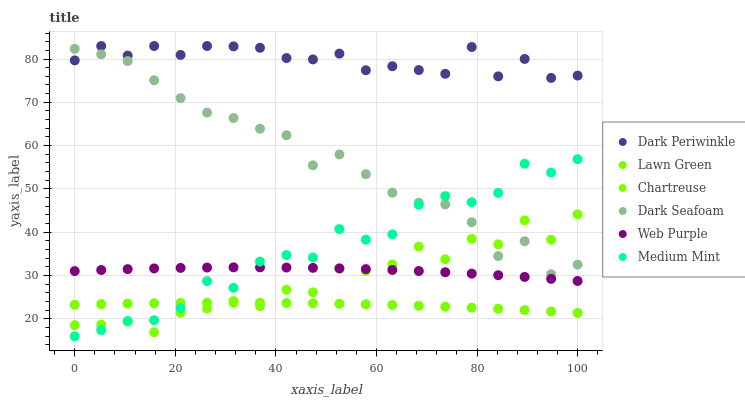
| xaxis_label | Dark Periwinkle | Lawn Green | Chartreuse | Dark Seafoam | Web Purple | Medium Mint |
 | --- | --- | --- | --- | --- | --- | --- |
 | 0 | 79.7 | 23.3 | 18.6 | 82.3 | 31 | 16 |
 | 5.26 | 83 | 23.4 | 18.7 | 81.1 | 31.3 | 17.4 |
 | 10.5 | 80.8 | 23.5 | 19.4 | 79.5 | 31.5 | 19.5 |
 | 15.8 | 83 | 23.6 | 16.9 | 75.1 | 31.7 | 19.7 |
 | 21.1 | 80.9 | 23.7 | 21.4 | 71 | 31.8 | 22.5 |
 | 26.3 | 83 | 23.7 | 22.4 | 67.6 | 31.9 | 28.7 |
 | 31.6 | 82.9 | 23.7 | 24.1 | 66.4 | 31.9 | 27.2 |
 | 36.8 | 82.6 | 23.7 | 23 | 63.9 | 31.9 | 33.2 |
 | 42.1 | 80.2 | 23.7 | 26.7 | 62.4 | 31.9 | 34.7 |
 | 47.4 | 79.9 | 23.6 | 26.1 | 55.5 | 31.8 | 34.2 |
 | 52.6 | 81.2 | 23.5 | 31.6 | 58 | 31.7 | 40.7 |
 | 57.9 | 77.4 | 23.4 | 31.1 | 53.4 | 31.5 | 38.3 |
 | 63.2 | 78.3 | 23.2 | 32.6 | 49.1 | 31.3 | 39.5 |
 | 68.4 | 77.5 | 23 | 36.7 | 46.8 | 31.1 | 46.3 |
 | 73.7 | 76.6 | 22.8 | 33.8 | 46.4 | 30.8 | 48.4 |
 | 78.9 | 82.8 | 22.6 | 38.5 | 42.3 | 30.5 | 46.9 |
 | 84.2 | 76 | 22.3 | 37.2 | 34.5 | 30.1 | 49.1 |
 | 89.5 | 80 | 22 | 42.7 | 37.9 | 29.7 | 55.8 |
 | 94.7 | 75.6 | 21.7 | 38.3 | 30.3 | 29.3 | 53.8 |
 | 100 | 76.2 | 21.4 | 44.1 | 32.5 | 28.8 | 56.9 |